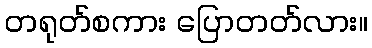
တရုတ်စကား ပြောတတ်လား။